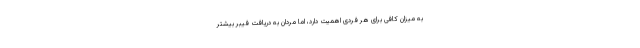
به میزان کافی برای هر فردی اهمیت دارد، اما مردان به دریافت فیبر بیشتر